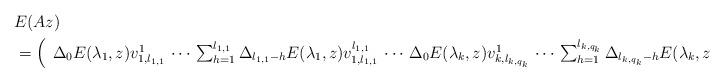
LaTeX: \begin{align*}&E(Az)\\&=\left(\begin{array}{ccccccc}\Delta_0E(\lambda_{1},z)v_{1,l_{1,1}}^1&\!\!\!\cdots\!\!\!&\sum_{h=1}^{l_{1,1}}\Delta_{l_{1,1}-h}E(\lambda_{1},z)v_{1,l_{1,1}}^{l_{1,1}}&\!\!\!\cdots\!\!\!&\Delta_0E(\lambda_{k},z)v_{k,l_{k,q_k}}^1&\!\!\!\cdots\!\!\!&\sum_{h=1}^{l_{k,q_k}}\Delta_{l_{k,q_k}-h}E(\lambda_{k},z)v_{k,l_{k,q_k}}^{l_{k,q_k}}\end{array}\right)P^{-1},\end{align*}